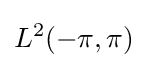
L^{2}(-\pi ,\pi )